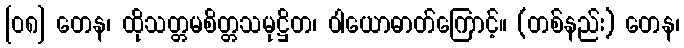
[၀၈] တေန၊ ထိုသတ္တမစိတ္တသမုဋ္ဌိတ၊ ဝါယောဓာတ်ကြောင့်။ (တစ်နည်း) တေန၊